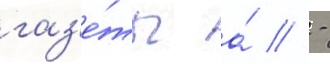
газ'е́ты а́ // -